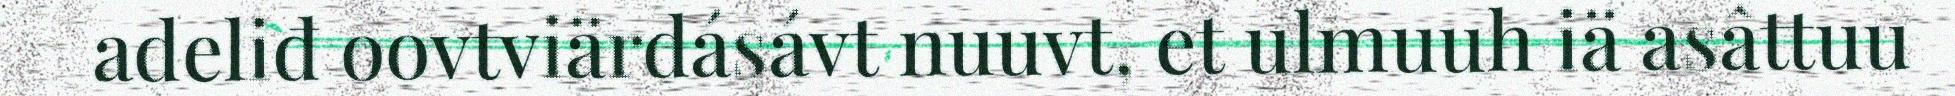
adeliđ oovtviärdásávt nuuvt, et ulmuuh iä asâttuu